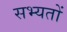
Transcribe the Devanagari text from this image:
सभ्यतों